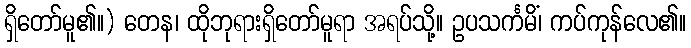
ရှိတော်မူ၏။) တေန၊ ထိုဘုရားရှိတော်မူရာ အရပ်သို့။ ဥပသင်္ကမိံ၊ ကပ်ကုန်လေ၏။